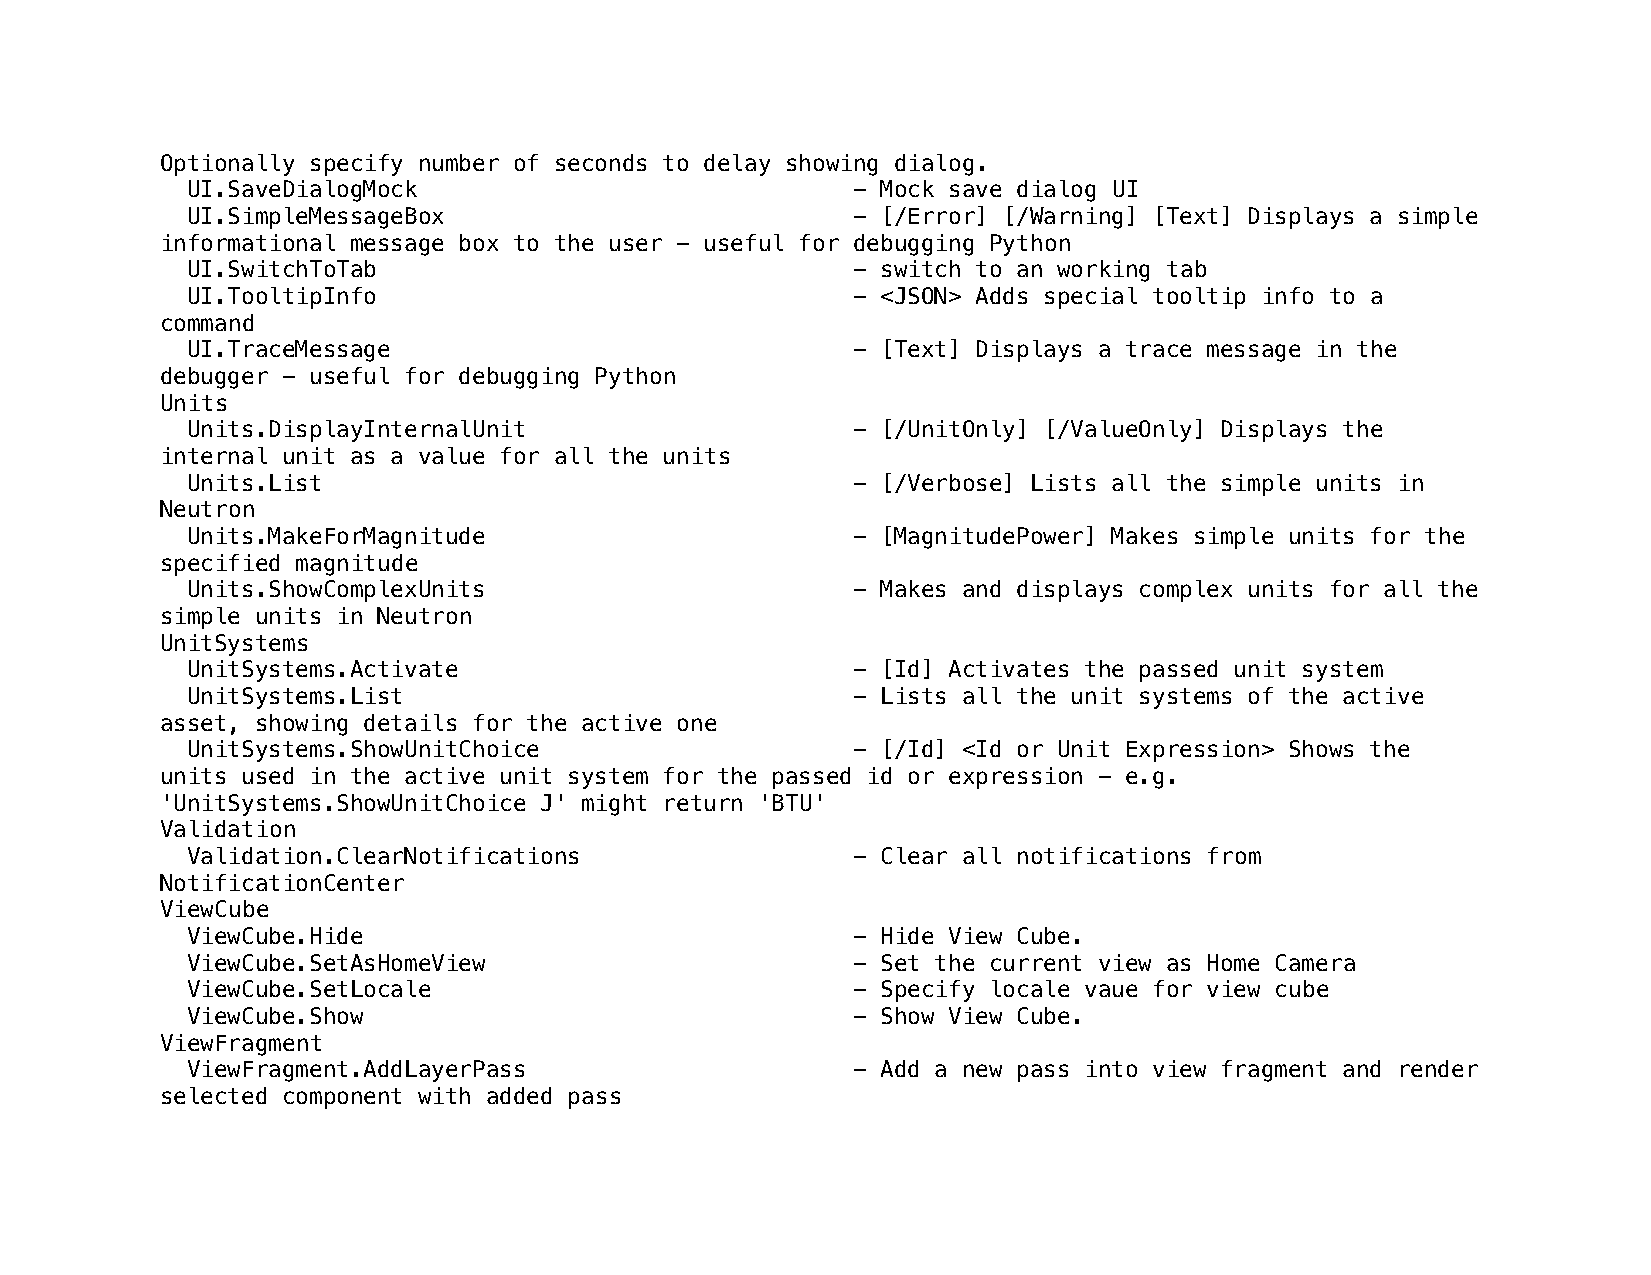
Optionally specify number of seconds to delay showing dialog.
 UI.SaveDialogMock                           - Mock save dialog UI
 UI.SimpleMessageBox                         - [/Error] [/Warning] [Text] Displays a simple
 informational message box to the user - useful for debugging Python
 UI.SwitchToTab                              - switch to an working tab
 UI.TooltipInfo                              - <JSON> Adds special tooltip info to a
 command
 UI.TraceMessage                             - [Text] Displays a trace message in the
 debugger - useful for debugging Python
 Units
 Units.DisplayInternalUnit                   - [/UnitOnly] [/ValueOnly] Displays the
 internal unit as a value for all the units
 Units.List                                  - [/Verbose] Lists all the simple units in
 Neutron
 Units.MakeForMagnitude                      - [MagnitudePower] Makes simple units for the
 specified magnitude
 Units.ShowComplexUnits                      - Makes and displays complex units for all the
 simple units in Neutron
 UnitSystems
 UnitSystems.Activate                        - [Id] Activates the passed unit system
 UnitSystems.List                            - Lists all the unit systems of the active
 asset, showing details for the active one
 UnitSystems.ShowUnitChoice                  - [/Id] <Id or Unit Expression> Shows the
 units used in the active unit system for the passed id or expression - e.g.
 'UnitSystems.ShowUnitChoice J' might return 'BTU'
 Validation
 Validation.ClearNotifications               - Clear all notifications from
 NotificationCenter
 ViewCube
 ViewCube.Hide                               - Hide View Cube.
 ViewCube.SetAsHomeView                      - Set the current view as Home Camera
 ViewCube.SetLocale                          - Specify locale vaue for view cube
 ViewCube.Show                               - Show View Cube.
 ViewFragment
 ViewFragment.AddLayerPass                   - Add a new pass into view fragment and render
 selected component with added pass